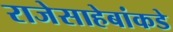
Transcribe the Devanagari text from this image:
राजेसाहेबांकडे